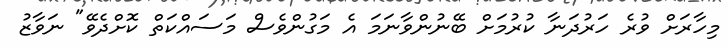
މިހާރަށް ވުރެ ހަރުދަނާ ކުރުމަށް ބޭނުންވާނަމަ އެ މަގުންވެސް މަސައްކަތް ކޮށްދެވޭ" ނަވާޒު